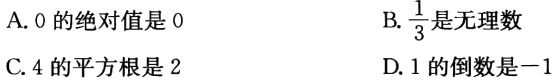
A. \(0\)的绝对值是\(0\)
B. \(\frac{1}{3}\)是无理数
C. \(4\)的平方根是\(2\)
D. \(1\)的倒数是\(-1\)